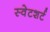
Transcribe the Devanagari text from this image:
स्वेटशर्ट